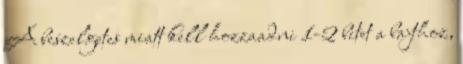
A beszelgetes miatt kell hozzaadni 1-2 bitet a bajthoz,